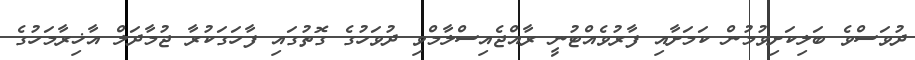
ދުވަސްވެ ބަލިކަށިވުމުން ކަމަށާއި ފާރުވެއްޓުނީ ރާއްޖެއިސްލާމްވި ދުވަހުގެ ގޮތުގައި ފާހަގަކުރާ ޖުމާދަލް އާޚިރާމަހުގެ